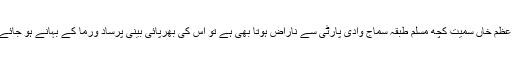
اگر اعظم خاں سمیت کچھ مسلم طبقہ سماج وادی پارٹی سے ناراض ہوتا بھی ہے تو اس کی بھرپائی بینی پرساد ورما کے بہانے ہو جائے گی۔